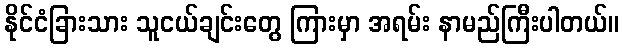
နိုင်ငံခြားသား သူငယ်ချင်းတွေ ကြားမှာ အရမ်း နာမည်ကြီးပါတယ်။